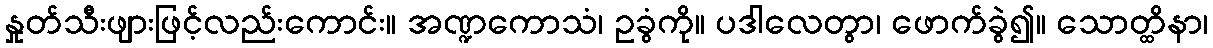
နှုတ်သီးဖျားဖြင့်လည်းကောင်း။ အဏ္ဍကောသံ၊ ဥခွံကို။ ပဒါလေတွာ၊ ဖောက်ခွဲ၍။ သောတ္ထိနာ၊